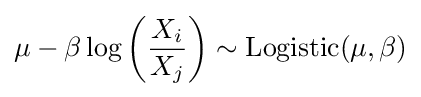
\mu -\beta \log \left({\frac {X_{i}}{X_{j}}}\right)\sim \operatorname {Logistic} (\mu ,\beta )